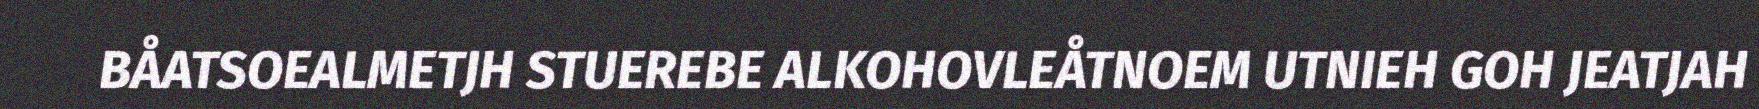
BÅATSOEALMETJH STUEREBE ALKOHOVLEÅTNOEM UTNIEH GOH JEATJAH